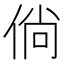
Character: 倘